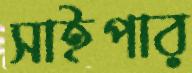
সাইপার